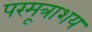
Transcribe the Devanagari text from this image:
परमूत्राशय